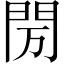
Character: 𰿘